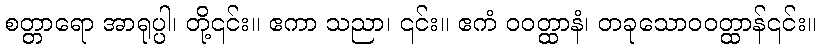
စတ္တာရော အာရုပ္ပါ၊ တို့၎င်း။ ဧကာ သညာ၊ ၎င်း။ ဧကံ ဝဝတ္ထာနံ၊ တခုသောဝဝတ္ထာန်၎င်း။